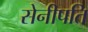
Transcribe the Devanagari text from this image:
सेनीपति